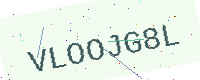
Text: VLOOJG8L